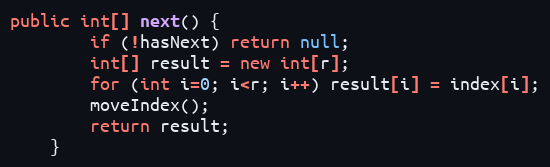
Language: Java
public int[] next() {
		if (!hasNext) return null;
		int[] result = new int[r];
		for (int i=0; i<r; i++) result[i] = index[i];
		moveIndex();
		return result;
	}